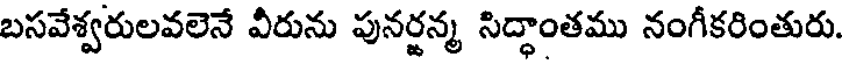
బసవేశ్వరులవలెనే వీరును పునర్జన్మ సిద్ధాంతము నంగీకరింతురు.